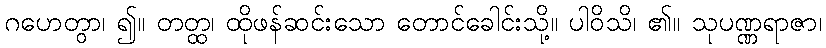
ဂဟေတွာ၊ ၍။ တတ္ထ၊ ထိုဖန်ဆင်းသော တောင်ခေါင်းသို့။ ပါဝိသိ၊ ၏။ သုပဏ္ဏရာဇာ၊